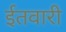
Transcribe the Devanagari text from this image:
ईतवारी